Cholera in southern India
Disease focus: Cholera
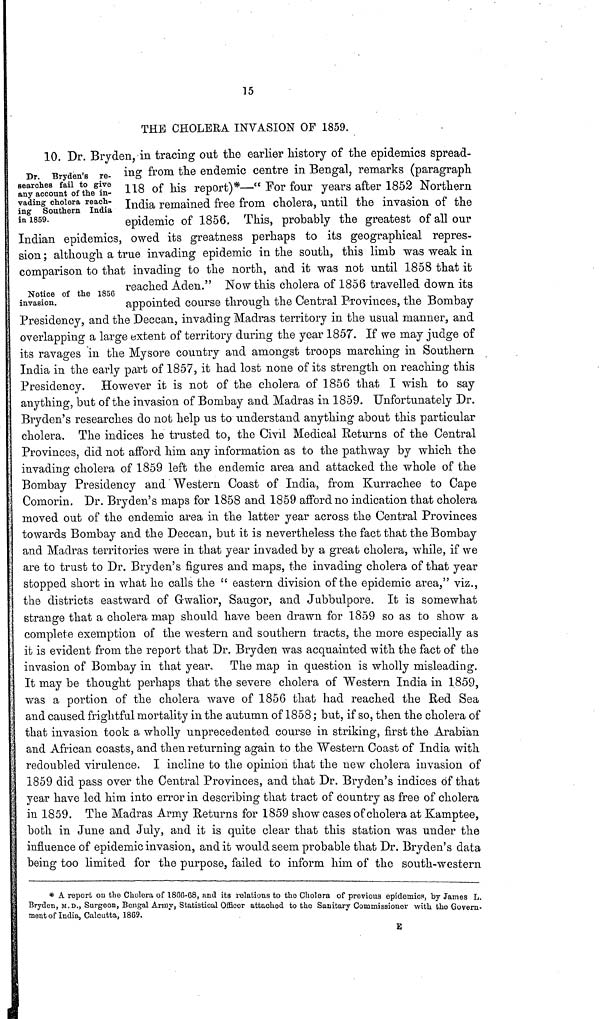
15
THE CHOLERA INVASION OF 1859.
Dr. Bryden's re-
searches fail to give
any account of the in-
vading cholera reach-
ing Southern India
in 1859.
10. Dr. Bryden, in tracing out the earlier history of the epidemics spread-
ing from the endemic centre in Bengal, remarks (paragraph
118 of his report)*—" For four years after 1852 Northern
India remained free from cholera, until the invasion of the
epidemic of 1856. This, probably the greatest of all our
Indian epidemics, owed its greatness perhaps to its geographical repres-
sion ; although a true invading epidemic in the south, this limb was weak in
comparison to that invading to the north, and it was not until 1858 that it
reached Aden." Now this cholera of 1856 travelled down its
appointed course through the Central Provinces, the Bombay
Notice of the 1856
invasion.
Presidency, and the Deccan, invading Madras territory in the usual manner, and
overlapping a large extent of territory during the year 1857. If we may judge of
its ravages in the Mysore country and amongst troops marching in Southern
India in the early part of 1857, it had lost none of its strength on reaching this
Presidency. However it is not of the cholera of 1856 that I wish to say
anything, but of the invasion of Bombay and Madras in 1859. Unfortunately Dr.
Bryden's researches do not help us to understand anything about this particular
cholera. The indices he trusted to, the Civil Medical Returns of the Central
Provinces, did not afford him any information as to the pathway by which the
invading cholera of 1859 left the endemic area and attacked the whole of the
Bombay Presidency and Western Coast of India, from Kurrachee to Cape
Comorin. Dr. Bryden's maps for 1858 and 1859 afford no indication that cholera
moved out of the endemic area in the latter year across the Central Provinces
towards Bombay and the Deccan, but it is nevertheless the fact that the Bombay
and Madras territories were in that year invaded by a great cholera, while, if we
are to trust to Dr. Bryden's figures and maps, the invading cholera of that year
stopped short in what he calls the " eastern division of the epidemic area," viz.,
the districts eastward of Gwalior, Saugor, and Jubbulpore. It is somewhat
strange that a cholera map should have been drawn for 1859 so as to show a
complete exemption of the western and southern tracts, the more especially as
it is evident from the report that Dr. Bryden was acquainted with the fact of the
invasion of Bombay in that year. The map in question is wholly misleading.
It may be thought perhaps that the severe cholera of Western India in 1859,
was a portion of the cholera wave of 1856 that had reached the Red Sea
and caused frightful mortality in the autumn of 1858 ; but, if so, then the cholera of
that invasion took a wholly unprecedented course in striking, first the Arabian
and African coasts, and then returning again to the Western Coast of India with
redoubled virulence. I incline to the opinion that the new cholera invasion of
1859 did pass over the Central Provinces, and that Dr. Bryden's indices of that
year have led him into error in describing that tract of country as free of cholera
in 1859. The Madras Army Returns for 1859 show cases of cholera at Kamptee,
both in June and July, and it is quite clear that this station was under the
influence of epidemic invasion, and it would seem probable that Dr. Bryden's data
being too limited for the purpose, failed to inform him of the south-western
* A report on the Cholera of 1856-68, and its relations to the Cholera of previous epidemics, by James L.
Bryden, M..D., Surgeon, Bengal Army, Statistical Officer attached to the Sanitary Commissioner with the Govern-
ment of India, Calcutta, 1869.
E